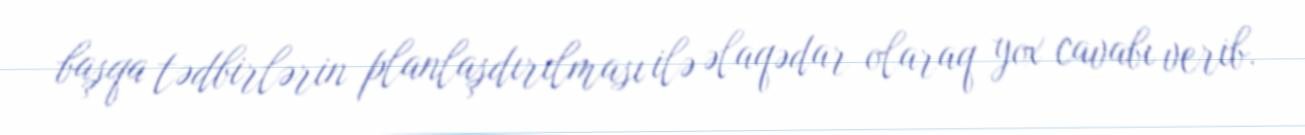
başqa tədbirlərin planlaşdırılması ilə əlaqədar olaraq yox cavabı verib.